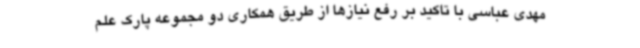
مهدی عباسی با تاکید بر رفع نیازها از طریق همکاری دو مجموعه پارک علم